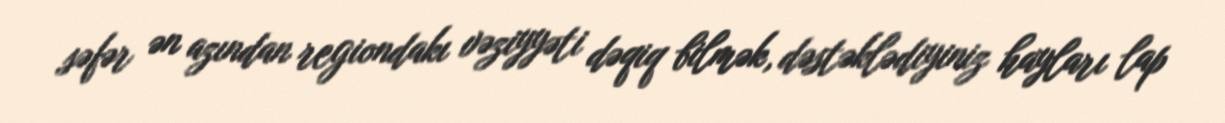
səfər ən azından regiondakı vəziyyəti dəqiq bilmək, dəstəklədiyiniz hayları lap